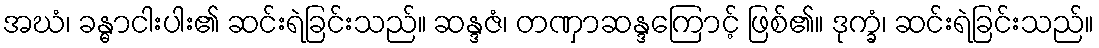
အဃံ၊ ခန္ဓာငါးပါး၏ ဆင်းရဲခြင်းသည်။ ဆန္ဒဇံ၊ တဏှာဆန္ဒကြောင့် ဖြစ်၏။ ဒုက္ခံ၊ ဆင်းရဲခြင်းသည်။